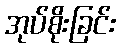
အုပ်စိုးခြင်း